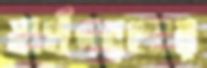
স্বার্থপরতার